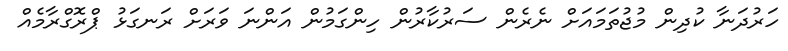
ހަރުދަނާ ކުދިން މުޖުތަމައަށް ނެރެން ސަރުކާރުން ހިންގަމުން އަންނަ ވަރަށް ރަނގަޅު ޕްރޮގްރާމެއް